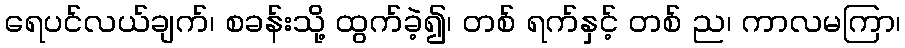
ရေပင်လယ်ချက်၊ စခန်းသို့ ထွက်ခဲ့၍၊ တစ် ရက်နှင့် တစ် ည၊ ကာလမကြာ၊